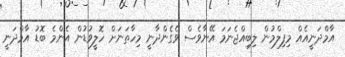
އާމްދަނީއެއް މިފިލްމުން ލިބިއްޖެނަމަ އޭނާވެސް ވެގެންދާނީ މިހާތަނަށް ހޮލީވުޑުން އެންމެ ބޮޑު އާމްދަނީ